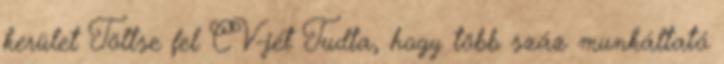
kerület Töltse fel CV-jét Tudta, hogy több száz munkáltató